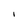
Character: I